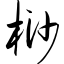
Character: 桫